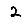
Digit: 2